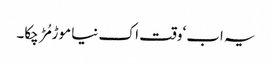
یہ اب‘ وقت اک نیا موڑ مُڑ چکا۔